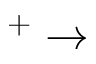
^ + \rightarrow